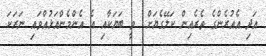
އަދި އެއުރެންގެ ތެރެއިން ކަލޭގެޔަށް  ވީ ބަޔަކާއި އެ އެންމެންއަޅުއްވައި ނަރަކަ